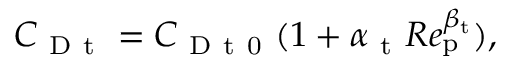
C _ { \mathrm { ~ D ~ t ~ } } = C _ { \mathrm { ~ D ~ t ~ 0 ~ } } ( 1 + \alpha _ { \mathrm { ~ t ~ } } R e _ { \mathrm { p } } ^ { \beta _ { \mathrm { t } } } ) ,